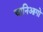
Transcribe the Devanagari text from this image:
चानिआगो